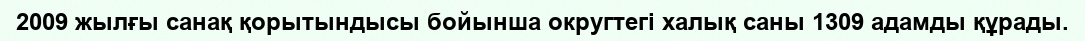
2009 жылғы санақ қорытындысы бойынша округтегі халық саны 1309 адамды құрады.